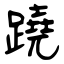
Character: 蹺